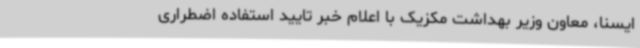
ایسنا، معاون وزیر بهداشت مکزیک با اعلام خبر تایید استفاده اضطراری